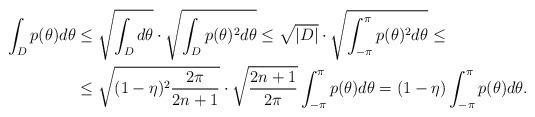
LaTeX: \begin{align*}\int_D p(\theta)d\theta&\leq\sqrt{\int_D d\theta}\cdot\sqrt{\int_D p(\theta)^2d\theta}\leq\sqrt{|D|}\cdot\sqrt{\int_{-\pi}^{\pi} p(\theta)^2d\theta}\leq\\&\leq \sqrt{(1-\eta)^2\frac{2\pi}{2n+1}}\cdot\sqrt{\frac{2n+1}{2\pi}}\int_{-\pi}^{\pi}p(\theta)d\theta=(1-\eta)\int_{-\pi}^{\pi} p(\theta)d\theta.\end{align*}